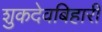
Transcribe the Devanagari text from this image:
शुकदेवबिहारी